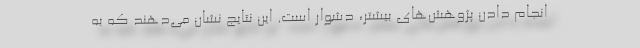
انجام دادن پژوهش‌های بیشتر، دشوار است. این نتایج نشان می‌دهند که به